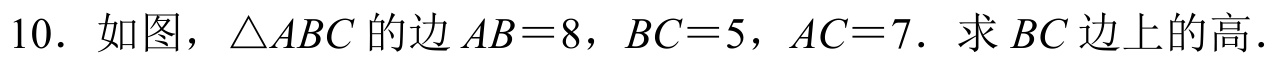
10. 如图，$\triangle ABC$的边$AB = 8$，$BC = 5$，$AC = 7$．求$BC$边上的高．